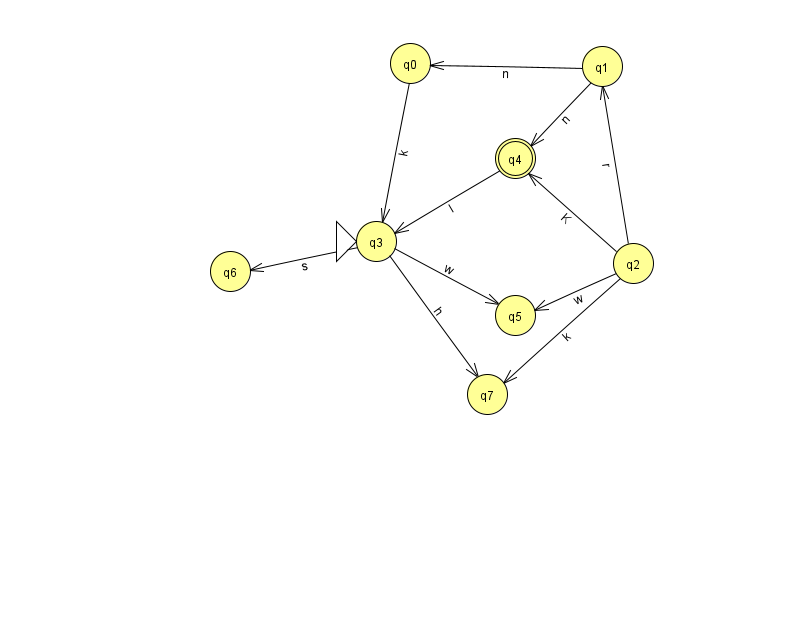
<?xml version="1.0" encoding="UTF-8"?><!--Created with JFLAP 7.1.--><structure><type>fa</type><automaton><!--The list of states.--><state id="0" name="q0"><x>410.0</x><y>50.0</y></state><state id="1" name="q1"><x>602.0</x><y>53.0</y></state><state id="2" name="q2"><x>633.0</x><y>250.0</y></state><state id="3" name="q3"><x>376.0</x><y>228.0</y><initial/></state><state id="4" name="q4"><x>515.0</x><y>145.0</y><final/></state><state id="5" name="q5"><x>515.0</x><y>302.0</y></state><state id="6" name="q6"><x>230.0</x><y>258.0</y></state><state id="7" name="q7"><x>487.0</x><y>381.0</y></state><!--The list of transitions.--><transition><from>2</from><to>7</to><read>k</read></transition><transition><from>3</from><to>5</to><read>w</read></transition><transition><from>0</from><to>3</to><read>k</read></transition><transition><from>2</from><to>1</to><read>r</read></transition><transition><from>3</from><to>6</to><read>s</read></transition><transition><from>4</from><to>3</to><read>I</read></transition><transition><from>2</from><to>5</to><read>w</read></transition><transition><from>3</from><to>7</to><read>h</read></transition><transition><from>1</from><to>0</to><read>n</read></transition><transition><from>1</from><to>4</to><read>n</read></transition><transition><from>2</from><to>4</to><read>K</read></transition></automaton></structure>